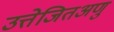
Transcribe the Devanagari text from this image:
उत्तेजितअणु